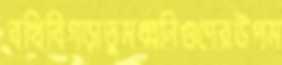
বখিবিগড়াতুমধ্বনিগুণেরউপম